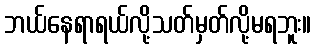
ဘယ်နေရာရယ်လို့သတ်မှတ်လို့မရဘူး။